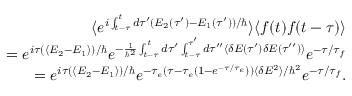
\begin{array} { r l r } & { } & { \langle e ^ { i \int _ { t - \tau } ^ { t } d \tau ^ { \prime } ( E _ { 2 } ( \tau ^ { \prime } ) - E _ { 1 } ( \tau ^ { \prime } ) ) / \hbar } \rangle \langle f ( t ) f ( t - \tau ) \rangle } \\ & { } & { = e ^ { i \tau ( \langle E _ { 2 } - E _ { 1 } \rangle ) / \hbar } e ^ { - \frac { 1 } { \hbar ^ { 2 } } \int _ { t - \tau } ^ { t } d \tau ^ { \prime } \int _ { t - \tau } ^ { \tau ^ { \prime } } d \tau ^ { \prime \prime } \langle \delta E ( \tau ^ { \prime } ) \delta E ( \tau ^ { \prime \prime } ) \rangle } e ^ { - \tau / \tau _ { f } } } \\ & { } & { = e ^ { i \tau ( \langle E _ { 2 } - E _ { 1 } \rangle ) / \hbar } e ^ { - \tau _ { e } ( \tau - \tau _ { e } ( 1 - e ^ { - \tau / \tau _ { e } } ) ) \langle \delta E ^ { 2 } \rangle / \hbar ^ { 2 } } e ^ { - \tau / \tau _ { f } } . } \end{array}